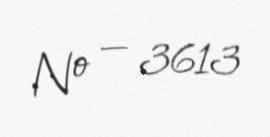
№ — 3613